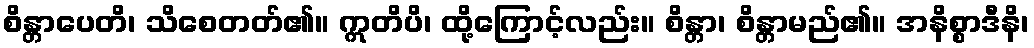
စိန္တာပေတိ၊ သိစေတတ်၏။ ဣတိပိ၊ ထို့ကြောင့်လည်း။ စိန္တာ၊ စိန္တာမည်၏။ အနိစ္စာဒီနိ၊